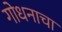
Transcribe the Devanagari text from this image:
गोधनाचा